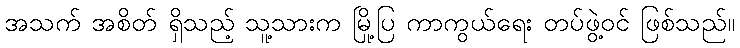
အသက် အစိတ် ရှိသည့် သူ့သားက မြို့ပြ ကာကွယ်ရေး တပ်ဖွဲ့ဝင် ဖြစ်သည်။